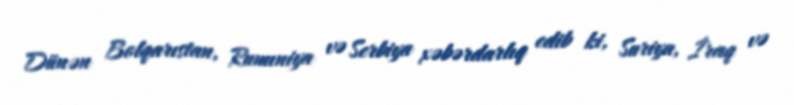
Dünən Bolqarıstan, Rumıniya və Serbiya xəbərdarlıq edib ki, Suriya, İraq və